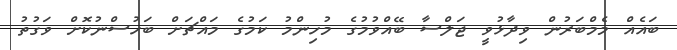
ބައެއް މެމްބަރުން ވިދާޅުވީ ޖަލްސާ ބޭއްވުމުގެ މުހިންމު ކަމުގެ މައްޗަށް ބަހުސްނުކޮށް ވަގުތު